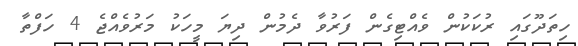
ހިތަދޫގައި ރުކަކުން ވެއްޓިގެން ފަރުވާ ދެމުން ދިޔަ މީހަކު މަރުވެއްޖެ 4 ހަފްތާ